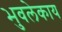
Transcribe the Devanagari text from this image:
भुवलेकाय